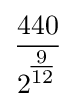
{\frac {440}{2^{\!^{\tfrac {9}{12}}}}}